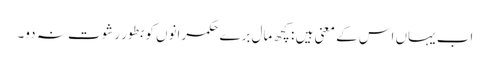
اب یہاں اس کے معنی ہیں : کچھ مال برے حکمرانوں کو بطور رشوت نہ دو۔